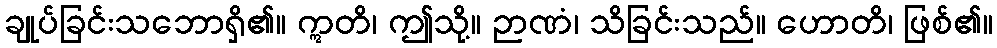
ချုပ်ခြင်းသဘောရှိ၏။ ဣတိ၊ ဤသို့။ ဉာဏံ၊ သိခြင်းသည်။ ဟောတိ၊ ဖြစ်၏။